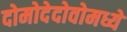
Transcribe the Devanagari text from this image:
दोमोदेदोवोमध्ये